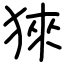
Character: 猍